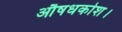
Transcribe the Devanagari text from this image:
औषधकोश।